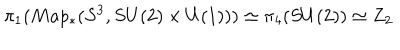
\pi _ { 1 } ( M a p _ { \ast } ( S ^ { 3 } , S U ( 2 ) \times U ( 1 ) ) ) \simeq \pi _ { 4 } ( S U ( 2 ) ) \simeq Z _ { 2 }